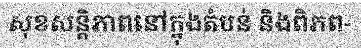
សុខសន្តិភាពនៅក្នុងតំបន់ និងពិភព-